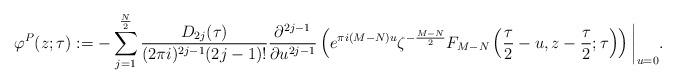
LaTeX: \begin{align*}\varphi^P(z;\tau):=-\sum_{j=1}^{\frac N2}\frac{D_{2j}(\tau)}{(2\pi i)^{2j-1}(2j-1)!}\frac{\partial^{2j-1}}{\partial u^{2j-1}}\left(e^{\pi i(M-N)u} \zeta^{-\frac{M-N}2}F_{M-N}\left(\frac{\tau}2-u,z-\frac{\tau}2;\tau\right)\right)\bigg|_{u=0}.\end{align*}